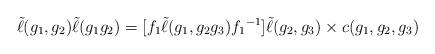
LaTeX: \begin{align*} \tilde{\ell}(g_1, g_2) \tilde{\ell}(g_1g_2) = [f_1 \tilde{\ell}(g_1, g_2 g_3) {f_1}^{-1}] \tilde{\ell}(g_2,g_3) \times c(g_1, g_2, g_3) \end{align*}